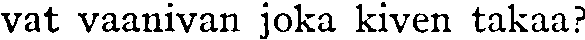
vat vaanivan joka kiven takaa?